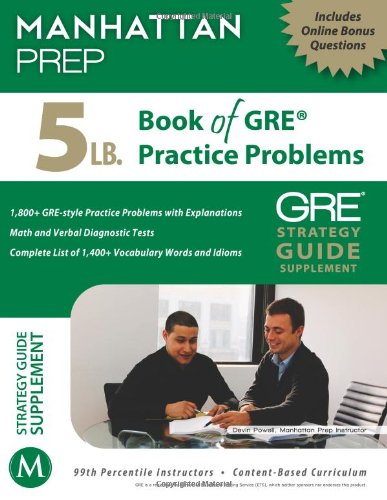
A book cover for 5 lb. Book of GRE Practice Problems; Manhattan Prep; Test Preparation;